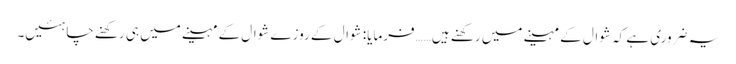
یہ ضروری ہے کہ شوال کے مہینے میں رکھنے ہیں……فرمایا: شوال کے روزے شوال کے مہینے میں ہی رکھنے چاہئیں۔